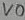
Text: VO